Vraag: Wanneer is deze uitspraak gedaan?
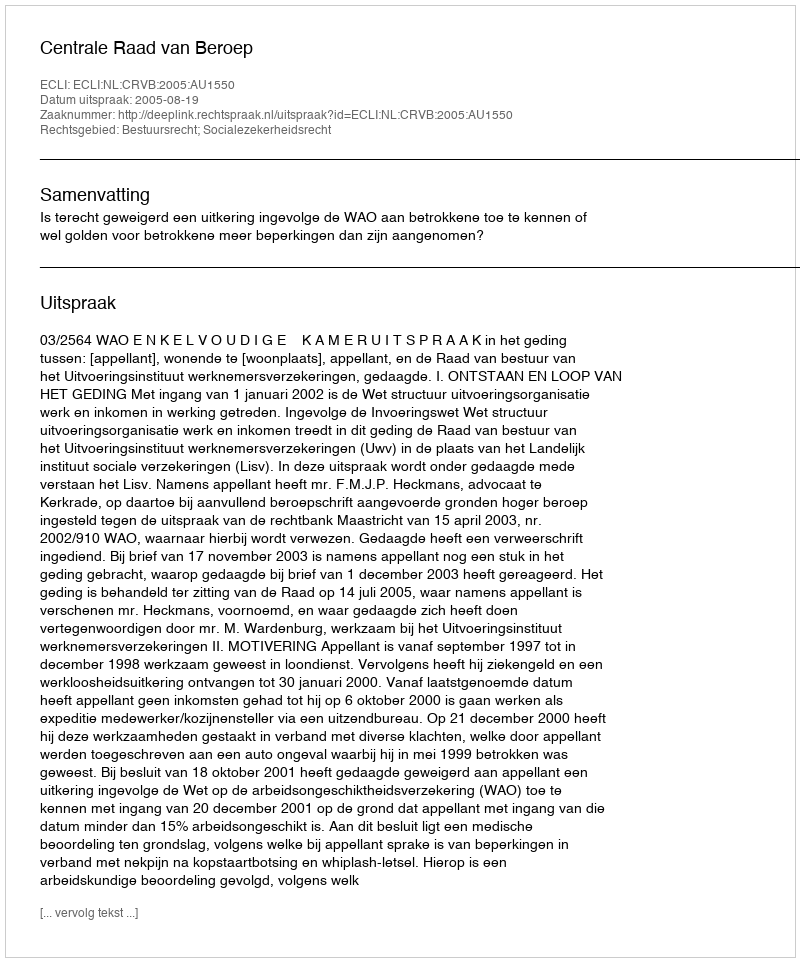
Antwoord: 2005-08-19